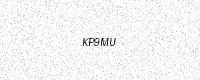
Text: KP9MU